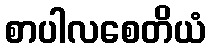
စာပါလစေတိယံ